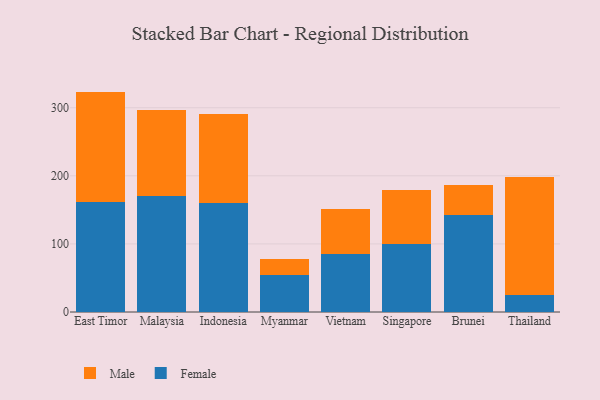
{"axis": {"x": "Country", "y": "Temperature (°C)"}, "legend": ["Female", "Male"], "data": [{"x": "East Timor", "y": 161.7, "type": "Female"}, {"x": "East Timor", "y": 162.0, "type": "Male"}, {"x": "Malaysia", "y": 170.1, "type": "Female"}, {"x": "Malaysia", "y": 127.3, "type": "Male"}, {"x": "Indonesia", "y": 160.8, "type": "Female"}, {"x": "Indonesia", "y": 129.5, "type": "Male"}, {"x": "Myanmar", "y": 54.5, "type": "Female"}, {"x": "Myanmar", "y": 23.3, "type": "Male"}, {"x": "Vietnam", "y": 84.8, "type": "Female"}, {"x": "Vietnam", "y": 66.9, "type": "Male"}, {"x": "Singapore", "y": 100.5, "type": "Female"}, {"x": "Singapore", "y": 79.2, "type": "Male"}, {"x": "Brunei", "y": 143.1, "type": "Female"}, {"x": "Brunei", "y": 42.8, "type": "Male"}, {"x": "Thailand", "y": 25.1, "type": "Female"}, {"x": "Thailand", "y": 173.2, "type": "Male"}]}